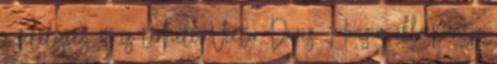
a felelősség őt is terheli, Victor Davis Hanson álláspontja